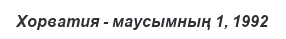
Хорватия - маусымның 1, 1992